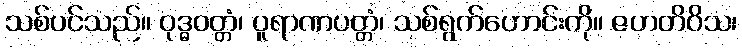
သစ်ပင်သည်။ ဝုဒ္ဓဝတ္တံ၊ ပူရာဏပတ္တံ၊ သစ်ရွက်ဟောင်းကို။ ဇဟတိဝိသ၊